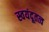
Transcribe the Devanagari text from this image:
स्वयंदूतत्व